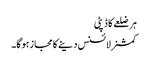
ہر ضلعے کا ڈپٹی
کمشنرلائسنس دینے کا مجاز ہوگا۔